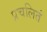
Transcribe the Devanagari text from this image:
प्रचलितं